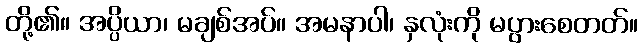
တို့၏။ အပ္ပိယာ၊ မချစ်အပ်။ အမနာပါ၊ နှလုံးကို မပွားစေတတ်။